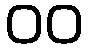
00